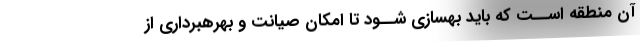
آن منطقه اســت که باید بهسازی شــود تا امکان صیانت و بهرهبرداری از